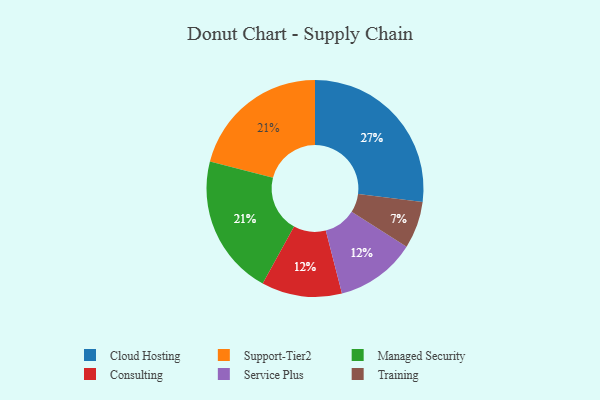
{"axis": {"x": "Category", "y": "Percentage"}, "legend": ["Cloud Hosting", "Consulting", "Managed Security", "Service Plus", "Support-Tier2", "Training"], "data": [{"x": "Support-Tier2", "y": 21, "type": "Support-Tier2"}, {"x": "Consulting", "y": 12, "type": "Consulting"}, {"x": "Service Plus", "y": 12, "type": "Service Plus"}, {"x": "Managed Security", "y": 21, "type": "Managed Security"}, {"x": "Cloud Hosting", "y": 27, "type": "Cloud Hosting"}, {"x": "Training", "y": 7, "type": "Training"}]}